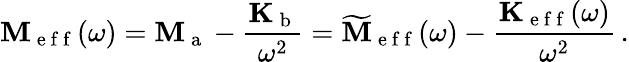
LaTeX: \mathbf{M}_{\mathrm{~e~f~f~}}(\omega)=\mathbf{M}_{\mathrm{~a~}}-\frac{\mathbf{K}_{\mathrm{~b~}}}{\omega^{2}}=\mathbf{\widetilde{M}}_{\mathrm{~e~f~f~}}(\omega)-\frac{\mathbf{K}_{\mathrm{~e~f~f~}}(\omega)}{\omega^{2}}\, .